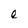
Character: e